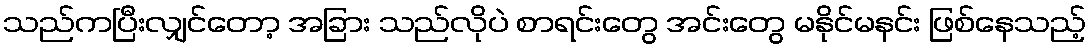
သည်ကပြီးလျှင်တော့ အခြား သည်လိုပဲ စာရင်းတွေ အင်းတွေ မနိုင်မနင်း ဖြစ်နေသည့်